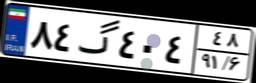
۸۴گ۴۰۴۴۸